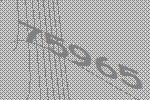
75965